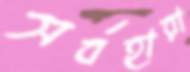
সর্বহারা